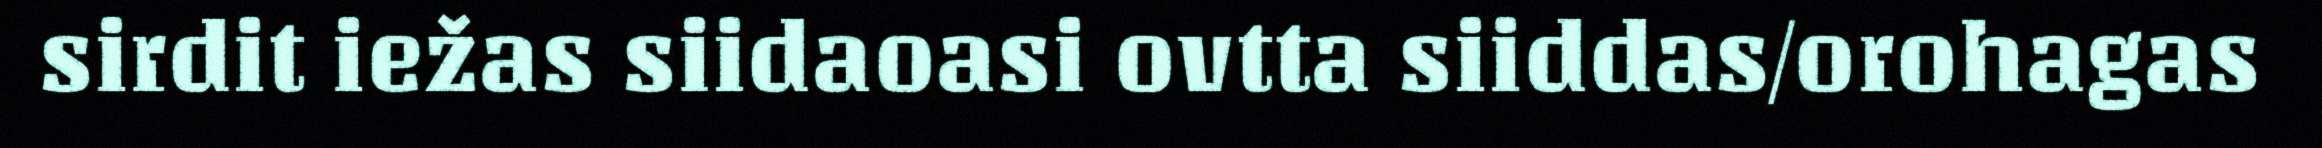
sirdit iežas siidaoasi ovtta siiddas/orohagas